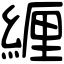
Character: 緾